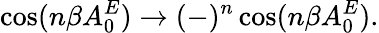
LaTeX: \cos(n\beta A_{0}^{E})\to(-)^{n}\cos(n\beta A_{0}^{E}).